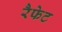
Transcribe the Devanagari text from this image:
रैफेट